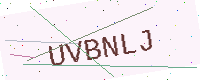
Text: UVBNLJ